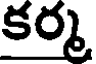
కర్మ